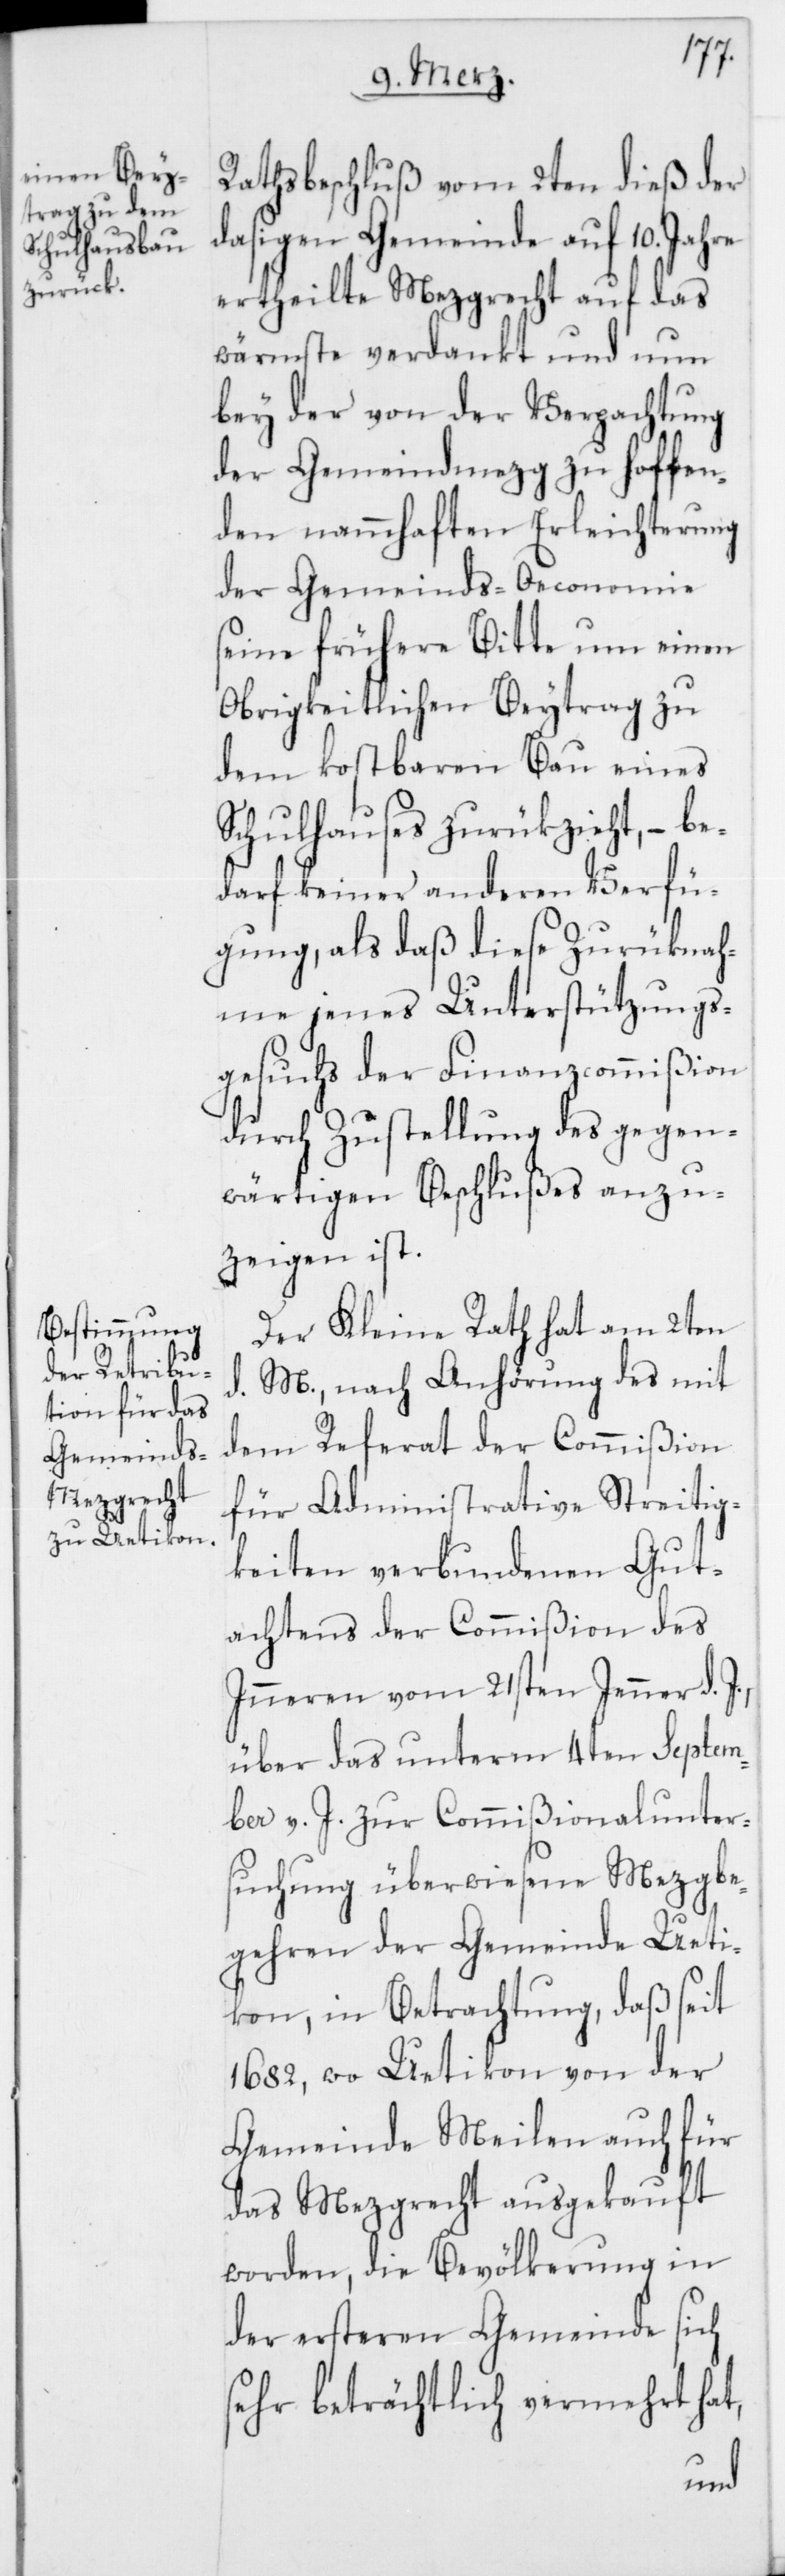
Rathsbeschluß vom 2ten dieß der
dasigen Gemeinde auf 10. Jahre
ertheilte Mezgrecht auf das
wärmste verdankt und nun
bey der von der Verpachtung
der Gemeindmezg zu hoffen¬
den nammhaften Erleichterung
der Gemeinds-Oeconomie
seine frühere Bitte um einen
Obrigkeitlichen Beytrag zu
dem kostbaren Bau eines
Schulhauses zurükzieht, – be¬
darf keiner anderen Verfü¬
gung, als daß diese Zurüknah¬
me jenes Unterstützungs¬
gesuchs der Finanzcommißion
durch Zustellung des gegen¬
wärtigen Beschlußes anzu¬
zeigen ist.
Der Kleine Rath hat am 2ten
d. M., nach Anhörung des mit
dem Referat der Commißion
für Administrative Streitig¬
keiten verbundenen Gut¬
achtens der Commißion des
Inneren vom 21sten Jenner d.
über das unterm 4ten Septem¬
ber v. J. zur Commißionalunter¬
suchung überwiesene Mezgbe¬
gehren der Gemeinde Ueti¬
kon, in Betrachtung, daß seit
1682, wo Uetikon von der
Gemeinde Meilen auch für
das Mezgrecht ausgekauft
worden, die Bevölkerung in
der ersteren Gemeinde sich
sehr beträchtlich vermehrt hat,